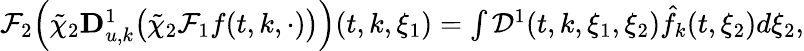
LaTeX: \begin{array}{r}{\mathcal{F}_{2}\Big(\tilde{\chi}_{2}\mathbf{D}_{u,k}^{1}\big(\tilde{\chi}_{2}\mathcal{F}_{1}f(t,k,\cdot)\big)\Big)(t,k,\xi_{1})=\int\mathcal{D}^{1}(t,k,\xi_{1},\xi_{2})\hat{f}_{k}(t,\xi_{2})d\xi_{2},}\end{array}